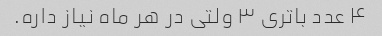
۴ عدد باتری ۳ ولتی در هر ماه نیاز داره.